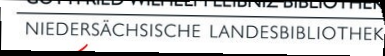
NIEDERSÄCHSISCHE LANDESBIBLIOTHEK